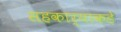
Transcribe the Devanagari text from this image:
सहकार्‍याकडे